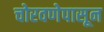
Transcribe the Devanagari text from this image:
चोरवणेपासून